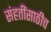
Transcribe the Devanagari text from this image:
संहतींसाठीच